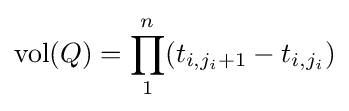
\operatorname {vol} (Q)=\prod _{1}^{n}(t_{i,j_{i}+1}-t_{i,j_{i}})